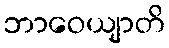
ဘာဝေယျာတိ